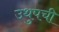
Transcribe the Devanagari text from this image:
उथुपची